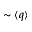
\sim \langle q \rangle